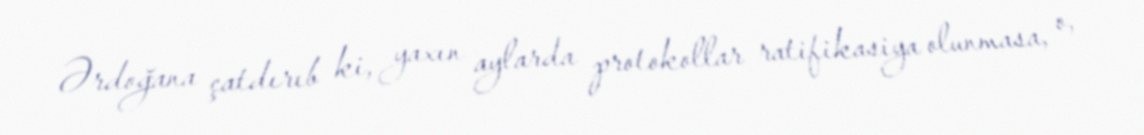
Ərdoğana çatdırıb ki, yaxın aylarda protokollar ratifikasiya olunmasa, o,